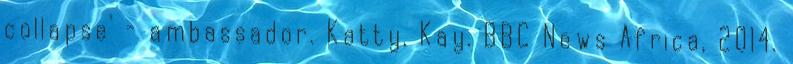
collapse' - ambassador. Katty, Kay. BBC News Africa, 2014.